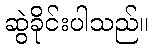
ဆွဲခိုင်းပါသည်။